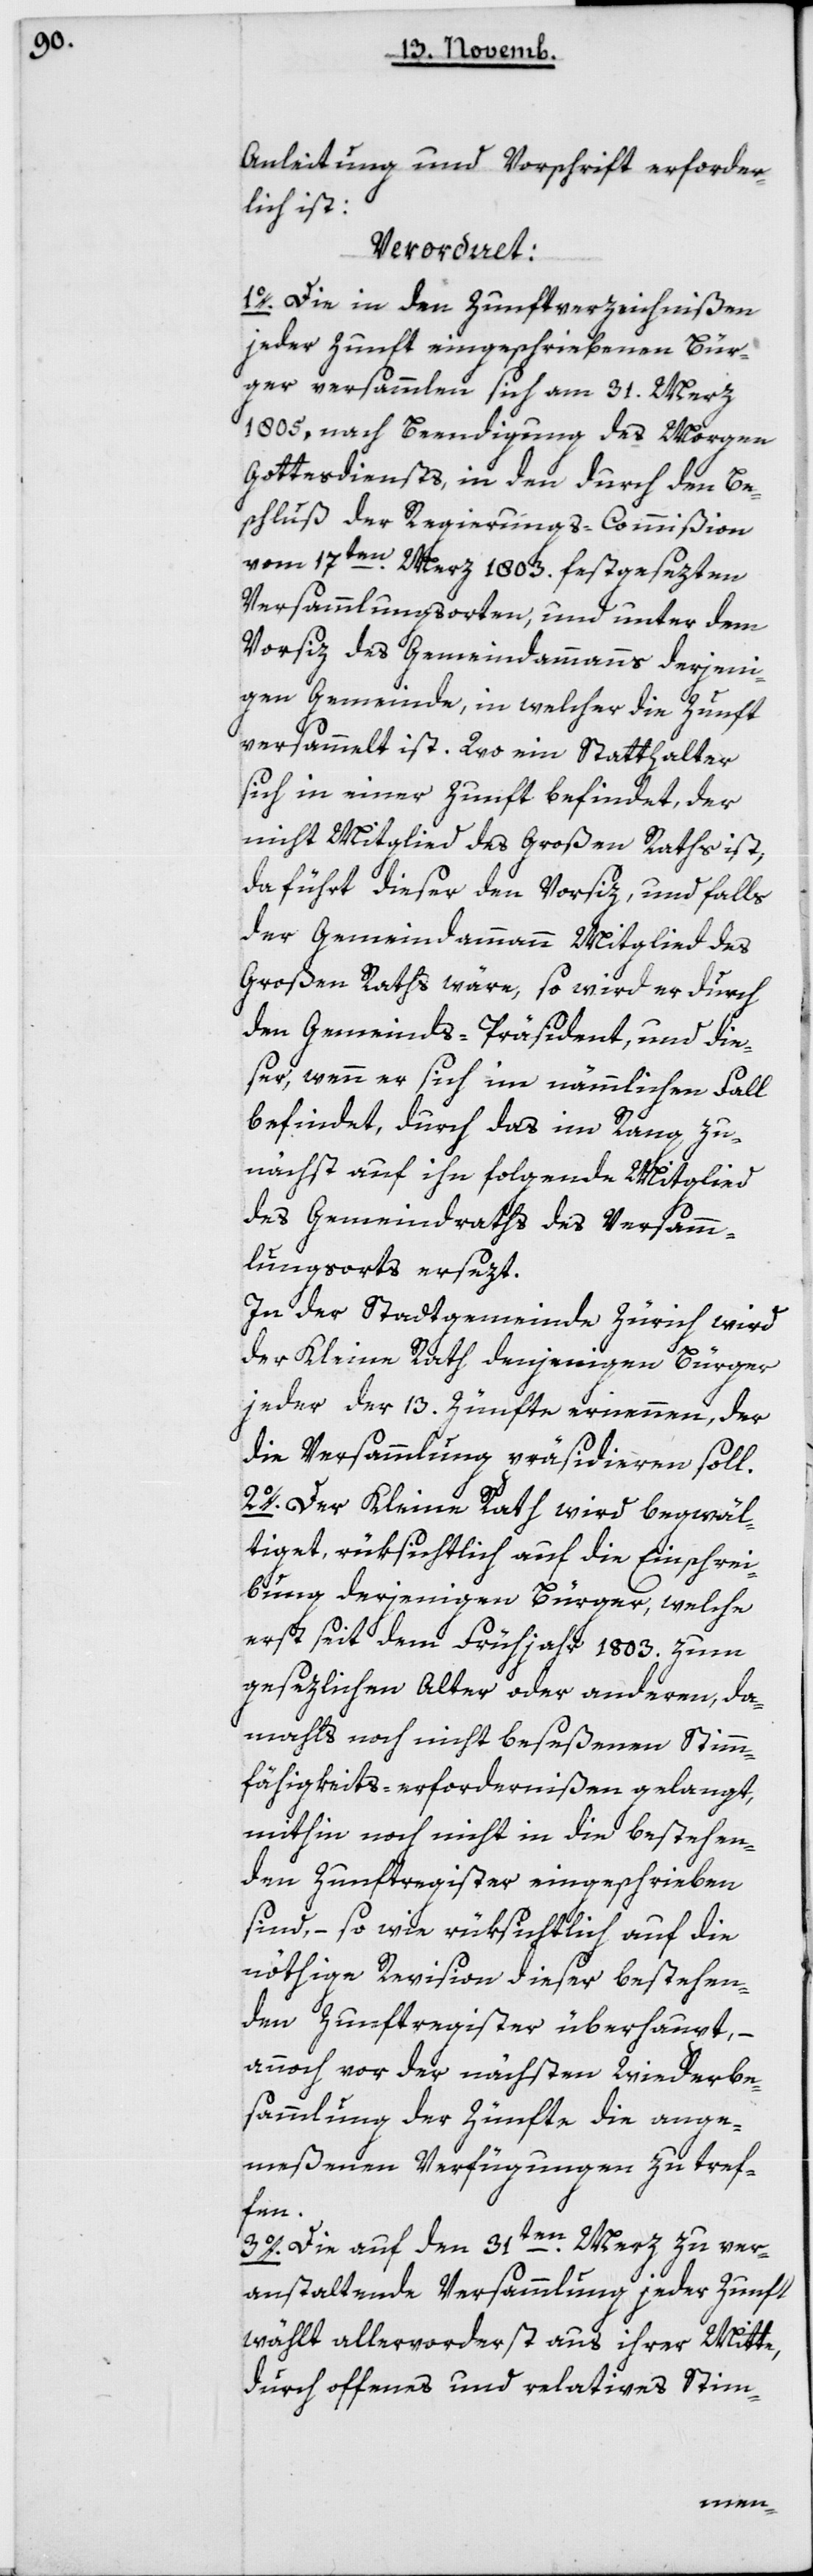
Anleitung und Vorschrift erforder¬
lich ist,
Verordnet:
1. Die in den Zunftverzeichnißen
jeder Zunft eingeschriebenen Bür¬
ger versammeln sich am 31 Merz
1805, nach Beendigung des Morgen-G¬
ottesdiensts in den durch den Be¬
schluß der Regierungs-Commißion
vom 17ten Merz 1803 festgesezten
Versammlungsorten, und unter dem
Vorsitz des Gemeindammanns derjeni¬
gen Gemeinde, in welcher die Zunft
versammelt ist. Wo ein Statthalter
sich in einer Zunft befindet, der
nicht Mitglied des Großen Raths ist,
da führt dieser den Vorsiz, und falls
der Gemeindammann Mitglied des
Großen Raths wäre, so wird er durch
den Gemeinds-Präsidenten, und die¬
ser, wenn er sich im nämmlichen Fall
befindet, durch das im Rang zu¬
nächst auf ihn folgende Mitglied
des Gemeindraths des Versamm¬
lungsorts ersezt.
In der Stadtgemeinde Zürich wird
der Kleine Rath denjenigen Bürger
jeder der 13 Zünfte ernennen, der
die Versammlung präsidieren soll.
2. Der Kleine Rath wird begwäl¬
tiget, rüksichtlich auf die Einschrei¬
bung derjenigen Bürger, welche
erst seit dem Frühjahr 1803 zum
gesezlichen Alter oder anderen, da¬
mahls noch nicht beseßenen Stimm¬
fähigkeits-erfordernißen gelangt,
mithin noch nicht in die bestehen¬
den Zunftregister eingeschrieben
sind, – so wie rüksichtlich auf die
nöthige Revision dieser bestehen¬
den Zunftregister überhaupt,
annoch vor der nächsten Wiederbe¬
sammlung der Zünfte die ange¬
meßenen Verfügungen zu tref¬
fen.
3. Die auf den 31ten Merz zu ver¬
anstaltende Versammlung jeder Zunft
wählt allervorderst aus ihrer Mitte,
durch offenes und relatives Stim-